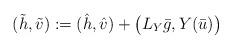
LaTeX: \begin{align*}(\tilde h, \tilde v):= (\hat h, \hat v) + \big(L_Y \bar g, Y(\bar u) \big)\end{align*}